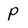
Character: P